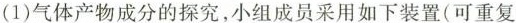
(1)气体产物成分的探究，小组成员采用如下装置(可重复